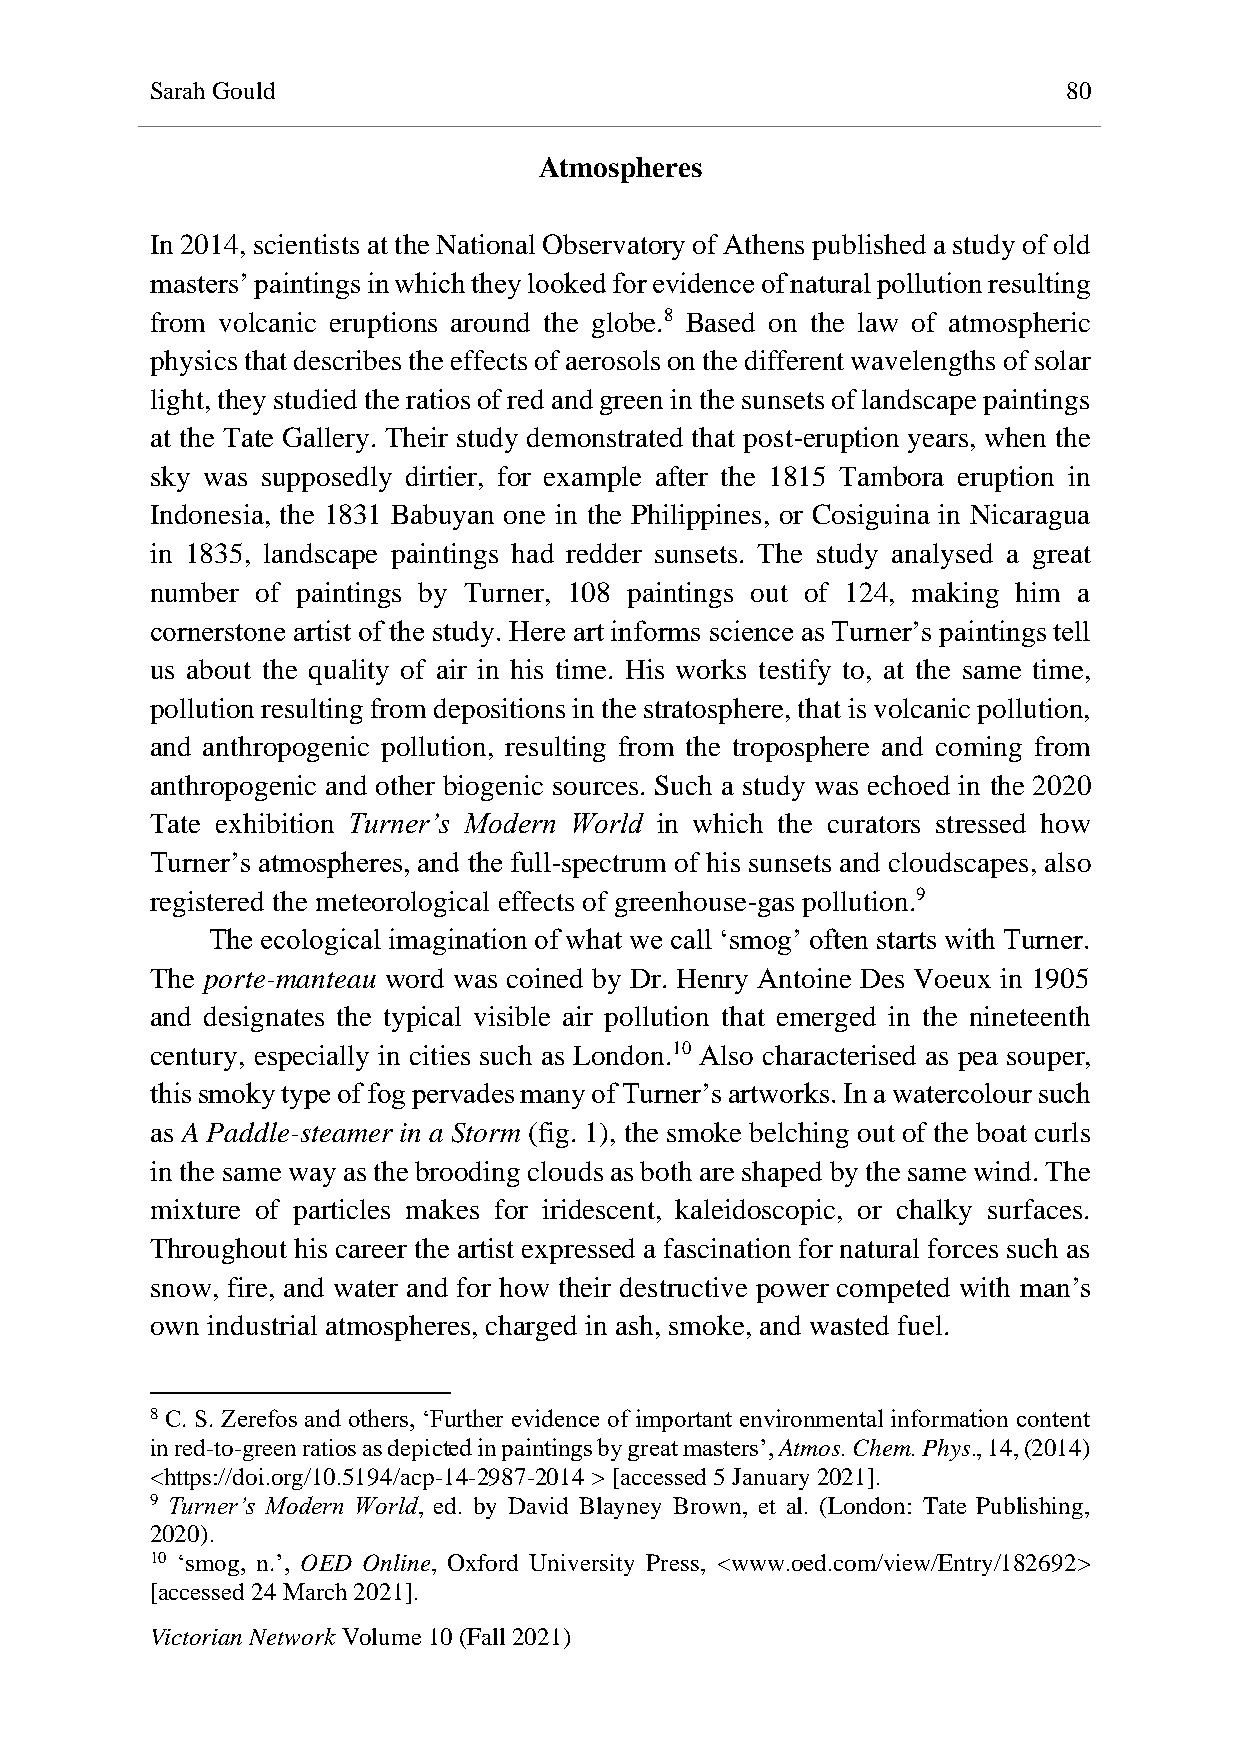
Sarah Gould                                                  80
 Atmospheres
 In 2014, scientists at the National Observatory of Athens published a study of old
 masters’ paintings in which they looked for evidence of natural pollution resulting
 from volcanic eruptions around the globe.8 Based on the law of atmospheric
 physics that describes the effects of aerosols on the different wavelengths of solar
 light, they studied the ratios of red and green in the sunsets of landscape paintings
 at the Tate Gallery. Their study demonstrated that post-eruption years, when the
 sky was supposedly dirtier, for example after the 1815 Tambora eruption in
 Indonesia, the 1831 Babuyan one in the Philippines, or Cosiguina in Nicaragua
 in 1835, landscape paintings had redder sunsets. The study analysed a great
 number of paintings by Turner, 108 paintings out of 124, making him a
 cornerstone artist of the study. Here art informs science as Turner’s paintings tell
 us about the quality of air in his time. His works testify to, at the same time,
 pollution resulting from depositions in the stratosphere, that is volcanic pollution,
 and anthropogenic pollution, resulting from the troposphere and coming from
 anthropogenic and other biogenic sources. Such a study was echoed in the 2020
 Tate exhibition Turner’s Modern World in which the curators stressed how
 Turner’s atmospheres, and the full-spectrum of his sunsets and cloudscapes, also
 registered the meteorological effects of greenhouse-gas pollution.9
 The ecological imagination of what we call ‘smog’ often starts with Turner.
 The porte-manteau word was coined by Dr. Henry Antoine Des Voeux in 1905
 and designates the typical visible air pollution that emerged in the nineteenth
 century, especially in cities such as London.10 Also characterised as pea souper,
 this smoky type of fog pervades many of Turner’s artworks. In a watercolour such
 as A Paddle-steamer in a Storm (fig. 1), the smoke belching out of the boat curls
 in the same way as the brooding clouds as both are shaped by the same wind. The
 mixture of particles makes for iridescent, kaleidoscopic, or chalky surfaces.
 Throughout his career the artist expressed a fascination for natural forces such as
 snow, fire, and water and for how their destructive power competed with man’s
 own industrial atmospheres, charged in ash, smoke, and wasted fuel.
 8 C. S. Zerefos and others, ‘Further evidence of important environmental information content
 in red-to-green ratios as depicted in paintings by great masters’, Atmos. Chem. Phys., 14, (2014)
 <https://doi.org/10.5194/acp-14-2987-2014 > [accessed 5 January 2021].
 9 Turner’s Modern World, ed. by David Blayney Brown, et al. (London: Tate Publishing,
 2020).
 10 ‘smog, n.’, OED Online, Oxford University Press, <www.oed.com/view/Entry/182692>
 [accessed 24 March 2021].
 Victorian Network Volume 10 (Fall 2021)